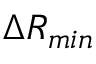
\Delta R _ { m i n }